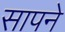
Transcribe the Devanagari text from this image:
सापने